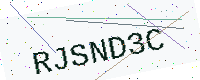
Text: RJSND3C